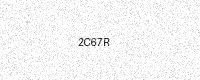
Text: 2C67R